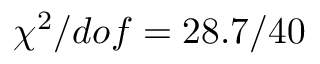
\chi ^ { 2 } / d o f = 2 8 . 7 / 4 0